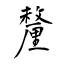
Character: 釐